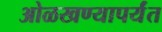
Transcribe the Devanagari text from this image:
ओळखण्यापर्यंत